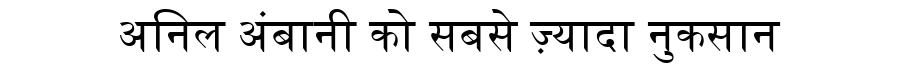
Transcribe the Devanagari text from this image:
अनिल अंबानी को सबसे ज़्यादा नुकसान